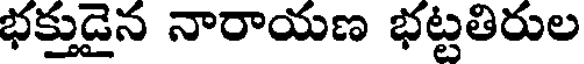
భక్తుడైన నారాయణ భట్టతిరుల